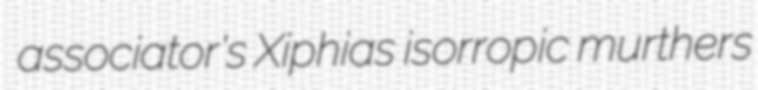
associator's Xiphias isorropic murthers